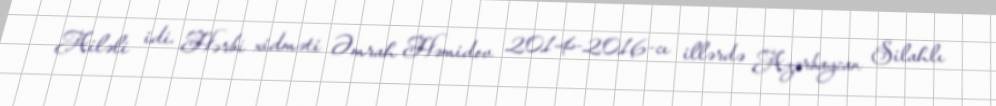
Ailəli idi. Hərbi xidməti Əmrah Həmidov 2014-2016-cı illərdə Azərbaycan Silahlı